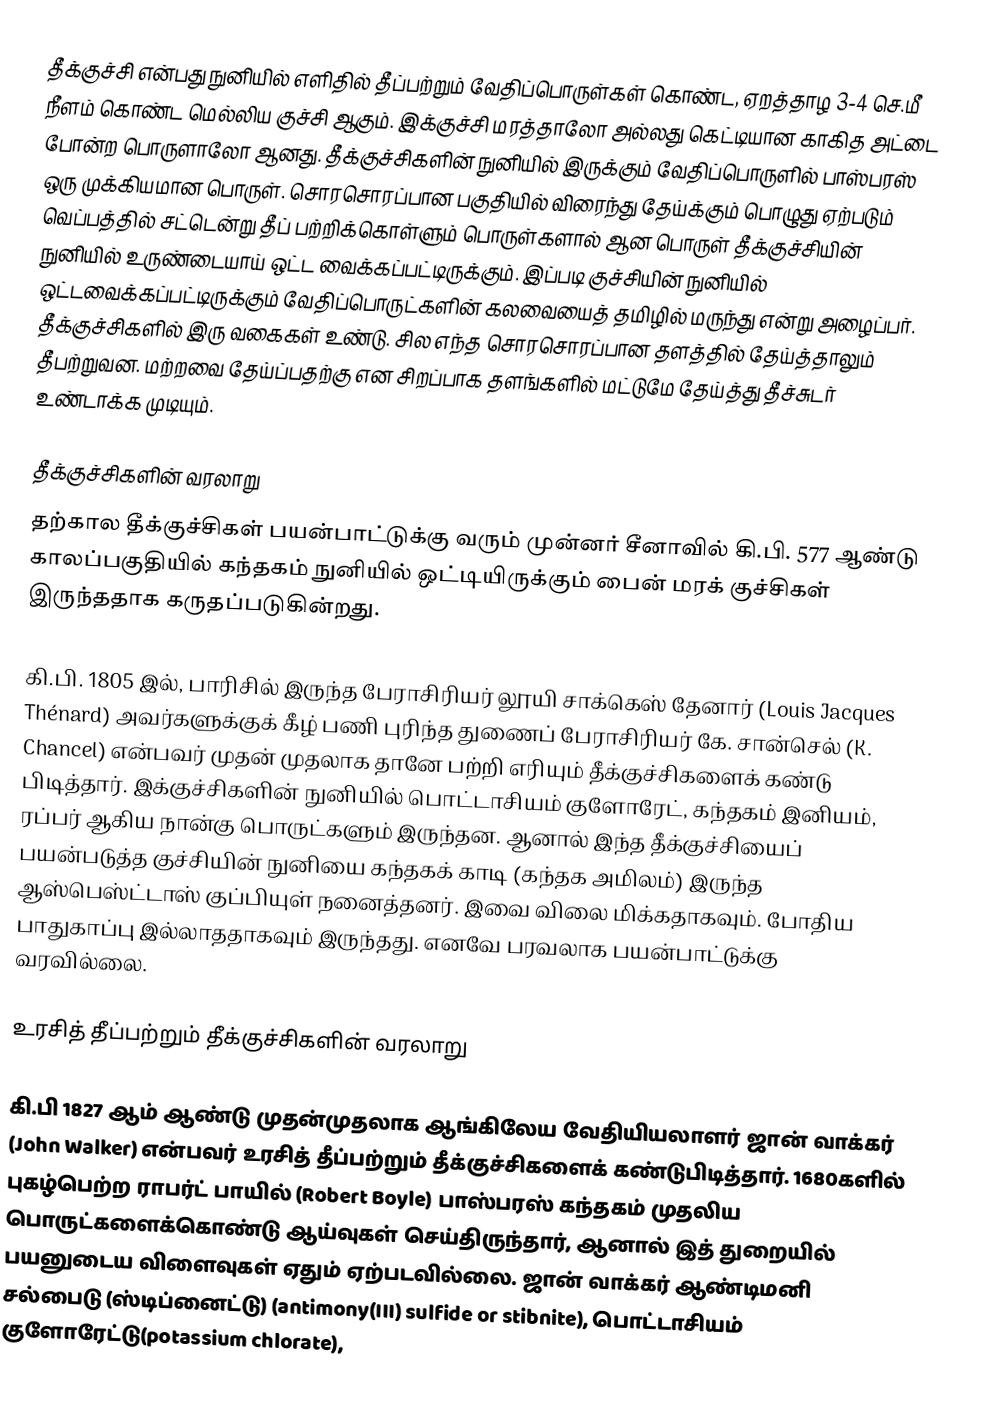
தீக்குச்சி என்பது நுனியில் எளிதில் தீப்பற்றும் வேதிப்பொருள்கள் கொண்ட, ஏறத்தாழ 3-4 செ.மீ நீளம் கொண்ட மெல்லிய குச்சி ஆகும். இக்குச்சி மரத்தாலோ அல்லது கெட்டியான காகித அட்டை போன்ற பொருளாலோ ஆனது. தீக்குச்சிகளின் நுனியில் இருக்கும் வேதிப்பொருளில் பாஸ்பரஸ் ஒரு முக்கியமான பொருள். சொரசொரப்பான பகுதியில் விரைந்து தேய்க்கும் பொழுது ஏற்படும் வெப்பத்தில் சட்டென்று தீப் பற்றிக்கொள்ளும் பொருள்களால் ஆன பொருள் தீக்குச்சியின் நுனியில் உருண்டையாய் ஒட்ட வைக்கப்பட்டிருக்கும். இப்படி குச்சியின் நுனியில் ஒட்டவைக்கப்பட்டிருக்கும் வேதிப்பொருட்களின் கலவையைத் தமிழில் மருந்து  என்று அழைப்பர். தீக்குச்சிகளில் இரு வகைகள் உண்டு. சில எந்த சொரசொரப்பான தளத்தில் தேய்த்தாலும் தீபற்றுவன. மற்றவை தேய்ப்பதற்கு என சிறப்பாக தளங்களில் மட்டுமே தேய்த்து தீச்சுடர் உண்டாக்க முடியும்.

தீக்குச்சிகளின் வரலாறு
தற்கால தீக்குச்சிகள் பயன்பாட்டுக்கு வரும் முன்னர் சீனாவில் கி.பி. 577 ஆண்டு காலப்பகுதியில் கந்தகம் நுனியில் ஒட்டியிருக்கும் பைன் மரக் குச்சிகள் இருந்ததாக கருதப்படுகின்றது.

கி.பி. 1805 இல், பாரிசில் இருந்த பேராசிரியர் லூயி சாக்கெஸ் தேனார் (Louis Jacques Thénard) அவர்களுக்குக் கீழ் பணி புரிந்த துணைப் பேராசிரியர் கே. சான்செல் (K. Chancel) என்பவர் முதன் முதலாக தானே பற்றி எரியும் தீக்குச்சிகளைக் கண்டு பிடித்தார். இக்குச்சிகளின் நுனியில் பொட்டாசியம் குளோரேட், கந்தகம் இனியம், ரப்பர் ஆகிய நான்கு பொருட்களும் இருந்தன. ஆனால் இந்த தீக்குச்சியைப் பயன்படுத்த குச்சியின் நுனியை கந்தகக் காடி (கந்தக அமிலம்) இருந்த ஆஸ்பெஸ்ட்டாஸ் குப்பியுள் நனைத்தனர். இவை விலை மிக்கதாகவும். போதிய பாதுகாப்பு இல்லாததாகவும் இருந்தது. எனவே பரவலாக பயன்பாட்டுக்கு வரவில்லை.

உரசித் தீப்பற்றும் தீக்குச்சிகளின் வரலாறு

கி.பி 1827 ஆம் ஆண்டு முதன்முதலாக ஆங்கிலேய வேதியியலாளர் ஜான் வாக்கர் (John Walker) என்பவர் உரசித் தீப்பற்றும் தீக்குச்சிகளைக் கண்டுபிடித்தார். 1680களில் புகழ்பெற்ற ராபர்ட் பாயில் (Robert Boyle) பாஸ்பரஸ் கந்தகம் முதலிய பொருட்களைக்கொண்டு ஆய்வுகள் செய்திருந்தார், ஆனால் இத் துறையில் பயனுடைய விளைவுகள் ஏதும் ஏற்படவில்லை. ஜான் வாக்கர் ஆண்டிமனி சல்பைடு (ஸ்டிப்னைட்டு) (antimony(III) sulfide or stibnite), பொட்டாசியம் குளோரேட்டு(potassium chlorate),